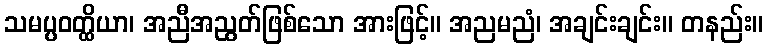
သမပ္ပဝတ္ထိယာ၊ အညီအညွတ်ဖြစ်သော အားဖြင့်။ အညမညံ၊ အချင်းချင်း။ တနည်း။